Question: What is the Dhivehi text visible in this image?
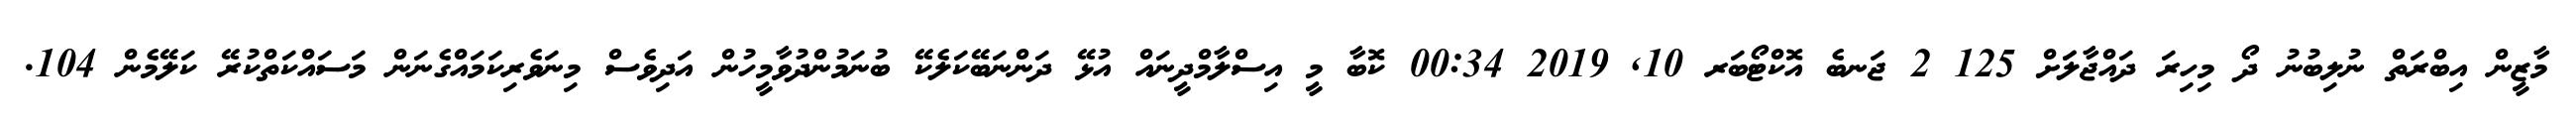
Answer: މާޒީން އިބްރަތް ނުލިބުނު ދޯ މިހިރަ ދައްޖާލަަށް 125 2 ޖަނބެ އޮކްޓޯބަރ 10, 2019 00:34 ކޮބާ މީ އިސްލާމްދީނައް އުޅޭ ދަންނަބޭކަލެކޭ ބުނަމުންދުވާމީހުން އަދިވެސް މިނަވެރިކަމައްގެނަން މަސައްކަތްކުރޭ ކަލޭމެން 104.